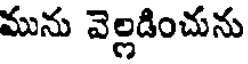
మును వెల్లడించును